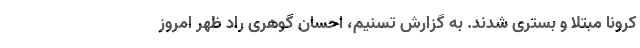
کرونا مبتلا و بستری شدند. به گزارش تسنیم، احسان گوهری راد ظهر امروز